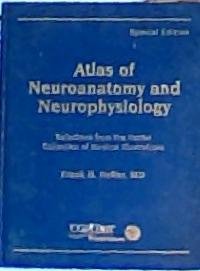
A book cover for Atlas of Neuroanatomy and neurophysiology special edition; Frank H. M. D. Netter; Medical Books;